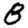
Digit: 8